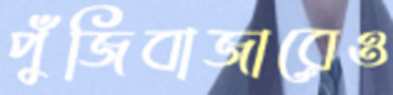
পুঁজিবাজারেও